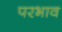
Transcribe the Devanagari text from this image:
परभाव